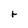
Character: r